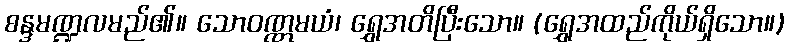
စန္ဒမဏ္ဍလမည်၏။ သောဝဏ္ဏမယံ၊ ရွှေအတိပြီးသော။ (ရွှေအထည်ကိုယ်ရှိသော။)